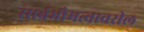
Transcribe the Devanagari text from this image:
सार्वभौमत्वावरील